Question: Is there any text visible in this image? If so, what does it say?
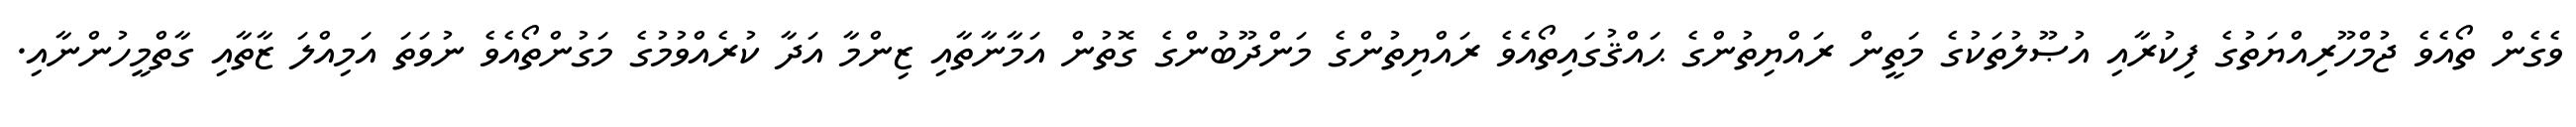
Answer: ވެގެން ތޯއެވެ ޖުމްހޫރިއްޔަތުގެ ފިކުރާއި އުޞޫލުތަކުގެ މަތީން ރައްޔިތުންގެ ޙައްޤުގައިތޯއެވެ ރައްޔިތުންގެ މަންދޫބުންގެ ގޮތުން އަމާނާތާއި ޒިންމާ އަދާ ކުރެއްވުމުގެ މަގުންތޯއެވެ ނުވަތަ އަމިއްލަ ޒާތާއި ގާތްމީހުންނާއި.